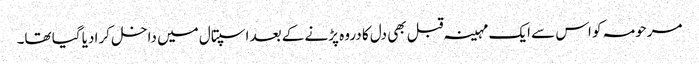
مرحومہ کو اس سے ایک مہینہ قبل بھی دل کا دروہ پڑنے کے بعد اسپتال میں داخل کرا دیا گیا تھا۔